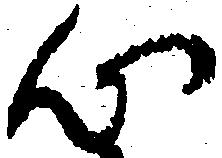
心